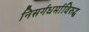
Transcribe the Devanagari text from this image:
निसर्गधर्माविरुद्ध